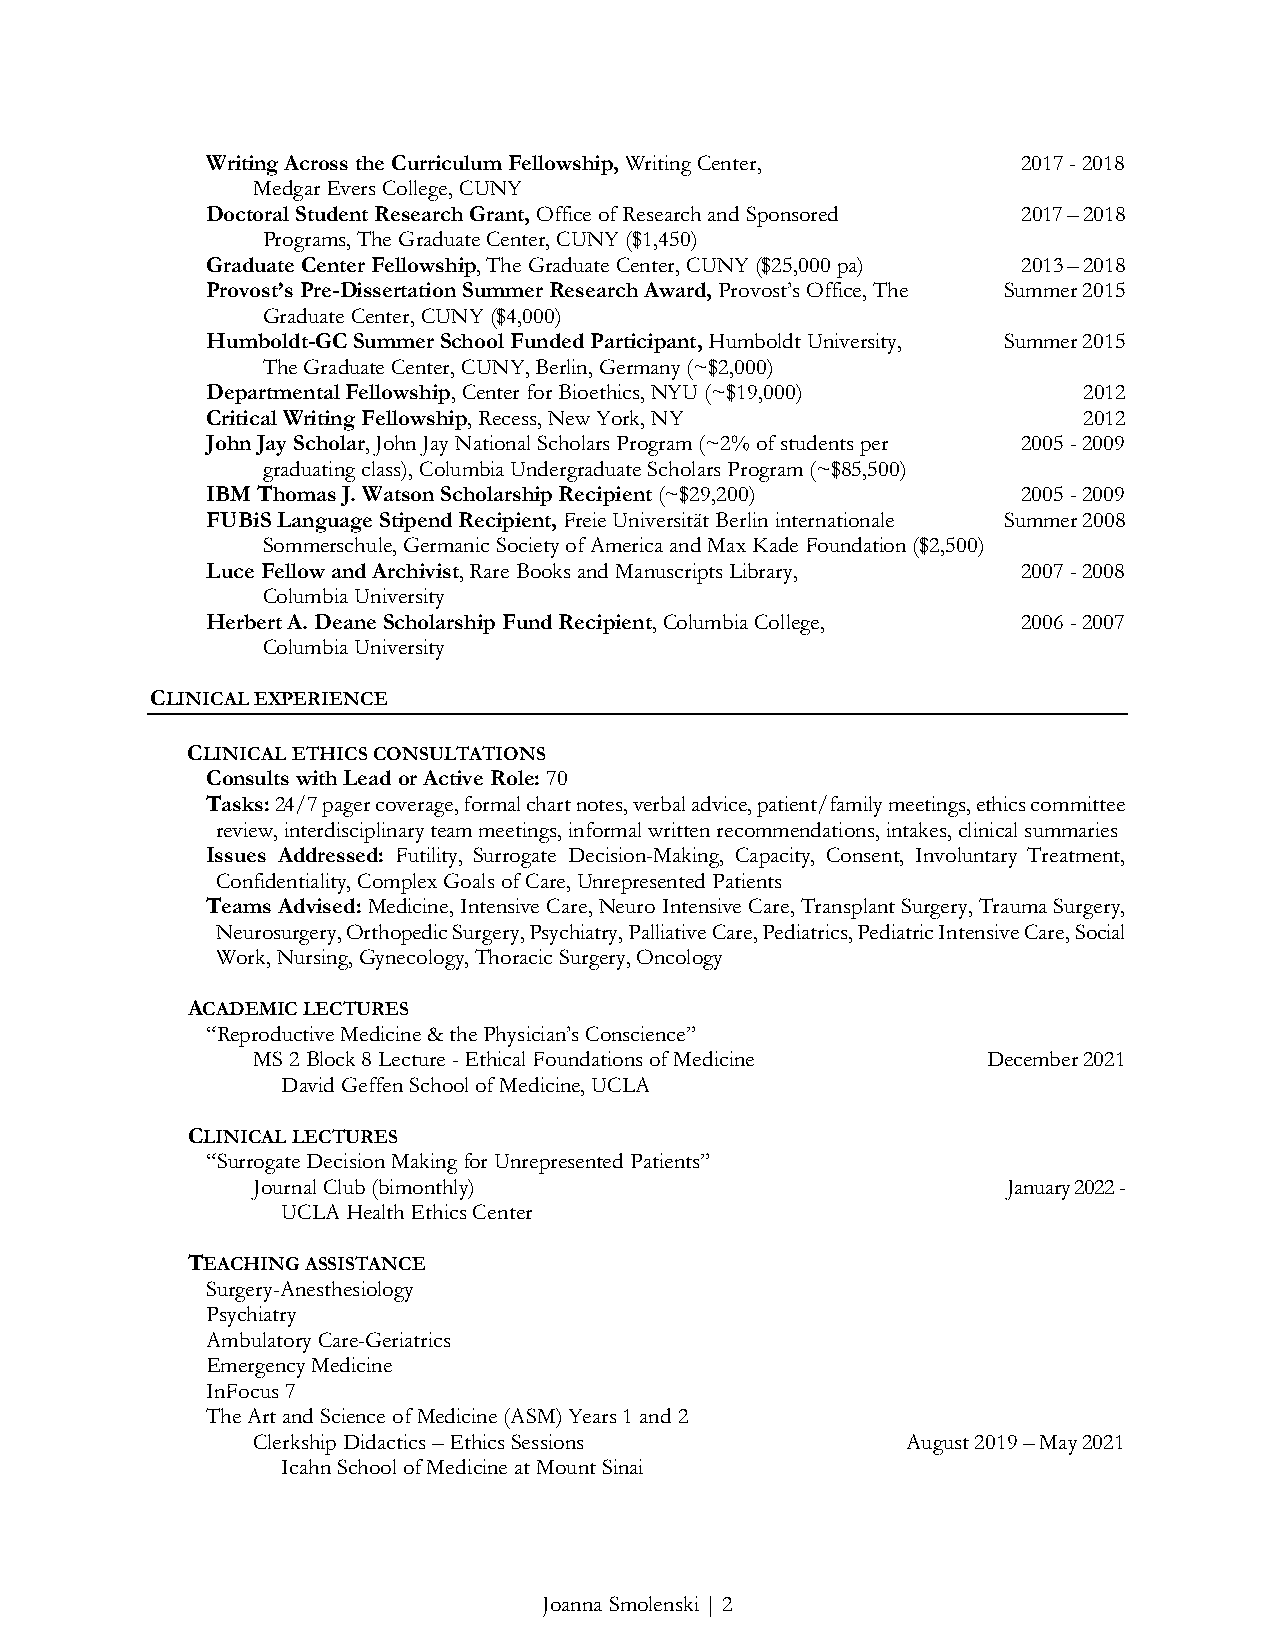
Writing Across the Curriculum Fellowship, Writing Center, 2017 - 2018
 Medgar Evers College, CUNY
 Doctoral Student Research Grant, Office of Research and Sponsored 2017 – 2018
 Programs, The Graduate Center, CUNY ($1,450)
 Graduate Center Fellowship, The Graduate Center, CUNY ($25,000 pa) 2013 – 2018
 Provost’s Pre-Dissertation Summer Research Award, Provost’s Office, The Summer 2015
 Graduate Center, CUNY ($4,000)
 Humboldt-GC Summer School Funded Participant, Humboldt University, Summer 2015
 The Graduate Center, CUNY, Berlin, Germany (~$2,000)
 Departmental Fellowship, Center for Bioethics, NYU (~$19,000) 2012
 Critical Writing Fellowship, Recess, New York, NY         2012
 John Jay Scholar, John Jay National Scholars Program (~2% of students per 2005 - 2009
 graduating class), Columbia Undergraduate Scholars Program (~$85,500)
 IBM Thomas J. Watson Scholarship Recipient (~$29,200) 2005 - 2009
 FUBiS Language Stipend Recipient, Freie Universität Berlin internationale Summer 2008
 Sommerschule, Germanic Society of America and Max Kade Foundation ($2,500)
 Luce Fellow and Archivist, Rare Books and Manuscripts Library, 2007 - 2008
 Columbia University
 Herbert A. Deane Scholarship Fund Recipient, Columbia College, 2006 - 2007
 Columbia University
 CLINICAL EXPERIENCE
 CLINICAL ETHICS CONSULTATIONS
 Consults with Lead or Active Role: 70
 Tasks: 24/7 pager coverage, formal chart notes, verbal advice, patient/family meetings, ethics committee
 review, interdisciplinary team meetings, informal written recommendations, intakes, clinical summaries
 Issues Addressed: Futility, Surrogate Decision-Making, Capacity, Consent, Involuntary Treatment,
 Confidentiality, Complex Goals of Care, Unrepresented Patients
 Teams Advised: Medicine, Intensive Care, Neuro Intensive Care, Transplant Surgery, Trauma Surgery,
 Neurosurgery, Orthopedic Surgery, Psychiatry, Palliative Care, Pediatrics, Pediatric Intensive Care, Social
 Work, Nursing, Gynecology, Thoracic Surgery, Oncology
 ACADEMIC LECTURES
 “Reproductive Medicine & the Physician’s Conscience”
 MS 2 Block 8 Lecture - Ethical Foundations of Medicine December 2021
 David Geffen School of Medicine, UCLA
 CLINICAL LECTURES
 “Surrogate Decision Making for Unrepresented Patients”
 Journal Club (bimonthly)                          January 2022 -
 UCLA Health Ethics Center
 TEACHING ASSISTANCE
 Surgery-Anesthesiology
 Psychiatry
 Ambulatory Care-Geriatrics
 Emergency Medicine
 InFocus 7
 The Art and Science of Medicine (ASM) Years 1 and 2
 Clerkship Didactics – Ethics Sessions      August 2019 – May 2021
 Icahn School of Medicine at Mount Sinai
 Joanna Smolenski | 2